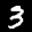
Label: 3